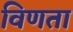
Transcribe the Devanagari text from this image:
विणता